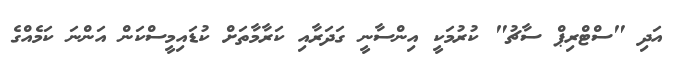
އަދި "ސްޓްރިޕް ސާޗު" ކުރުމަކީ އިންސާނީ ގަދަރާއި ކަރާމާތަށް ކުޑައިމީސްކަން އަންނަ ކަމެއްގެ